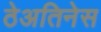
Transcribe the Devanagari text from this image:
ठेअतिनेस